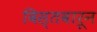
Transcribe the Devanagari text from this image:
विस्तवारून